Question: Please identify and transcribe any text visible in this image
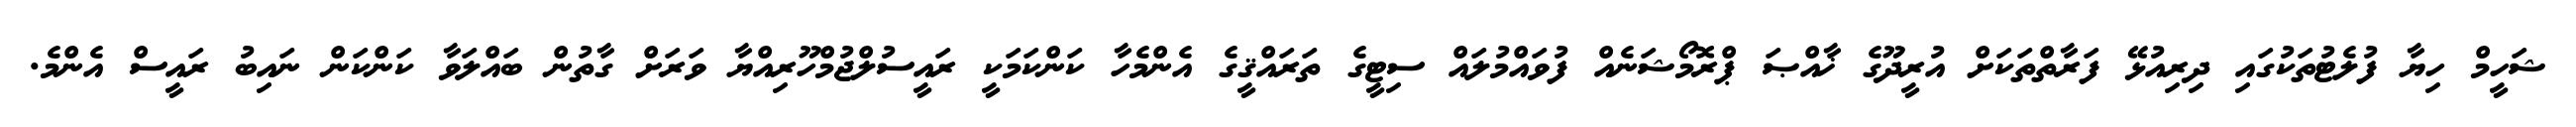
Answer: ޝަހީމް ހިޔާ ފުލެޓުތަކުގައި ދިރިއުޅޭ ފަރާތްތަކަށް އުރީދޫގެ ޚާއްޞަ ޕްރޮމޯޝަނެއް ފުވައްމުލައް ސިޓީގެ ތަރައްޤީގެ އެންމެހާ ކަންކަމަކީ ރައީސުލްޖުމްހޫރިއްޔާ ވަރަށް ގާތުން ބައްލަވާ ކަންކަން ނައިބު ރައީސް އެންމެ.